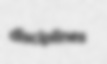
disciplines